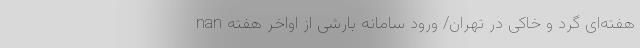
nan هفته‌ای گرد و خاکی در تهران/ ورود سامانه بارشی از اواخر هفته